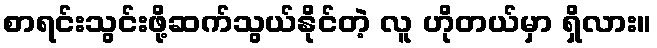
စာရင်းသွင်းဖို့ဆက်သွယ်နိုင်တဲ့ လူ ဟိုတယ်မှာ ရှိလား။